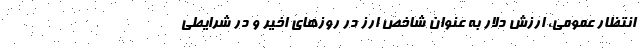
انتظار عمومی، ارزش دلار به عنوان شاخص ارز در روزهای اخیر و در شرایطی